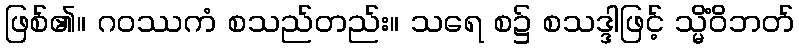
ဖြစ်၏။ ဂဝဿကံ စသည်တည်း။ သရေ စ၌ စသဒ္ဒါဖြင့် သ္မိံဝိဘတ်